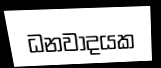
ධනවාදයක